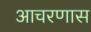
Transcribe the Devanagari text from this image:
आचरणास